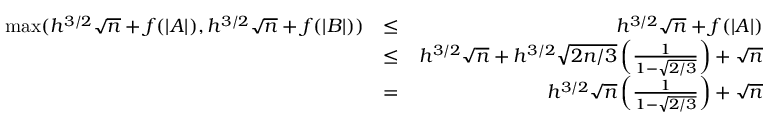
\begin{array} { r l r } { \operatorname* { m a x } ( h ^ { 3 / 2 } \sqrt { n } + f ( | A | ) , h ^ { 3 / 2 } \sqrt { n } + f ( | B | ) ) } & { \leq } & { h ^ { 3 / 2 } \sqrt { n } + f ( | A | ) } \\ & { \leq } & { h ^ { 3 / 2 } \sqrt { n } + h ^ { 3 / 2 } \sqrt { 2 n / 3 } \left( \frac { 1 } { 1 - \sqrt { 2 / 3 } } \right) + \sqrt { n } } \\ & { = } & { h ^ { 3 / 2 } \sqrt { n } \left( \frac { 1 } { 1 - \sqrt { 2 / 3 } } \right) + \sqrt { n } } \end{array}